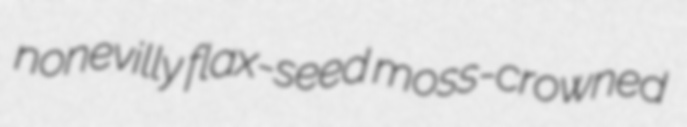
nonevilly flax-seed moss-crowned